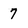
Character: 7